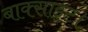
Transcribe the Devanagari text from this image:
बाक्साइट।